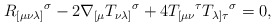
\begin{align*}R_{[\mu \nu \lambda ]}{}^{\sigma }-2\nabla _{\lbrack \mu }T_{\nu \lambda]}{}^{\sigma }+4T_{[\mu \nu }{}^{\tau }T_{\lambda ]\tau }{}^{\sigma }=0,\end{align*}